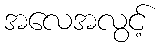
အလေအလွင့်